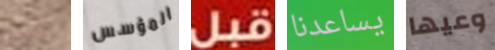
يائسة المؤسس قبل يساعدنا وعيها